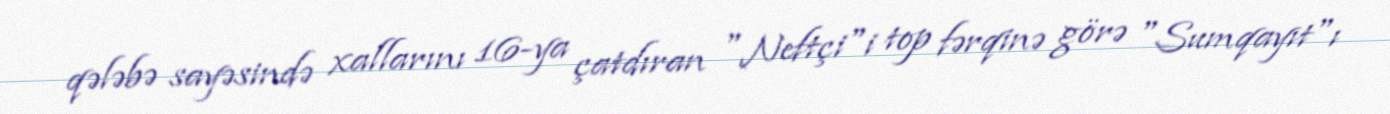
qələbə sayəsində xallarını 16-ya çatdıran "Neftçi"i top fərqinə görə "Sumqayıt"ı